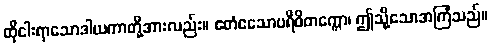
ထိုငါးရာသောဒါယကာတို့အားလည်း။ ဧတံဧသောပရိဝိတက္ကော၊ ဤသို့သောအကြံသည်။